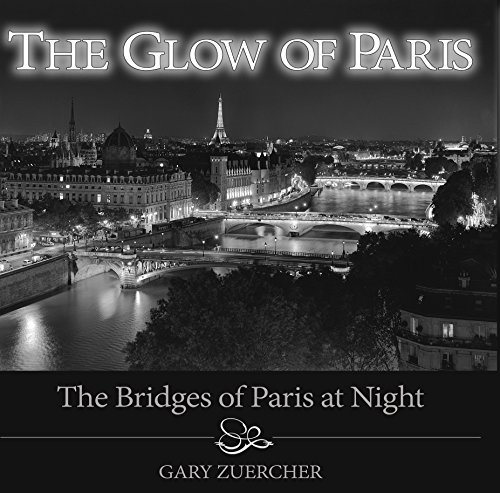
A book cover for The Glow of Paris: The Bridges of Paris at Night; Gary Zuercher; Engineering & Transportation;